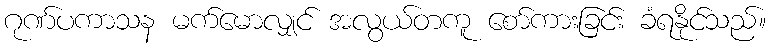
ဂုဏ်ပကာသန မက်မောလျှင် အလွယ်တကူ စော်ကားခြင်း ခံရနိုင်သည်။